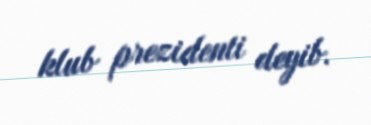
klub prezidenti deyib.